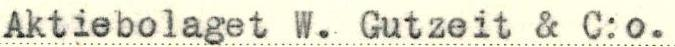
Aktiebolaget W. Gutzeit & C:o.